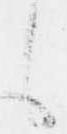
え